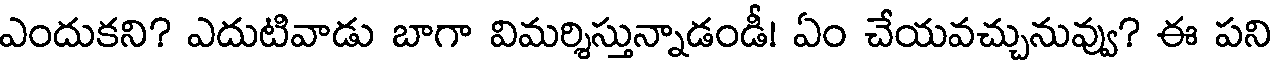
ఎందుకని? ఎదుటివాడు బాగా విమర్శిస్తున్నాడండీ! ఏం చేయవచ్చునువ్వు? ఈ పని